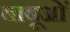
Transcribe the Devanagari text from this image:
बाबूओं